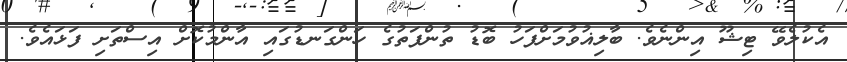
އެކުލެވޭ ޓިޝޫ އިންނެވެ. ބާލިޣުވުމަށްފަހު ބޮޑު ތުންފަތުގެ ހަންގަނޑުގައި އާންމުކޮށް އިސްތަށި ފަޅައެވެ.